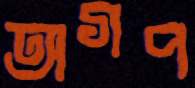
অগপ